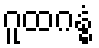
ဂူထဂန္ဓံ